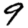
Digit: 9